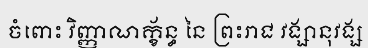
ចំពោះ វិញ្ញាណក្ខ័ន្ធ នៃ ព្រះរាជ វង្សានុវង្ស